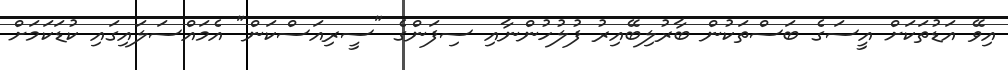
އިވޭ އަޑުތަކަށް އީސަގެ ބަސްތަކުން ބާރުލިބޭއިރު ފުލުހުންނާއި ސިފަންގެ "ސީރިއަސްކަން" އެމައްސަލައިގައި ކުޑަކަމަށް